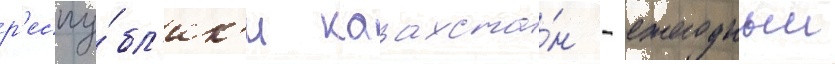
р'еспу́бл'ик'и казахста́н - ежегодныи